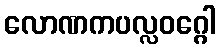
လောဏကပလ္လဝဂ္ဂေါ